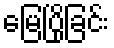
မြေပြိုခြင်း